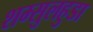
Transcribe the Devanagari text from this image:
शम्सुलहुडा